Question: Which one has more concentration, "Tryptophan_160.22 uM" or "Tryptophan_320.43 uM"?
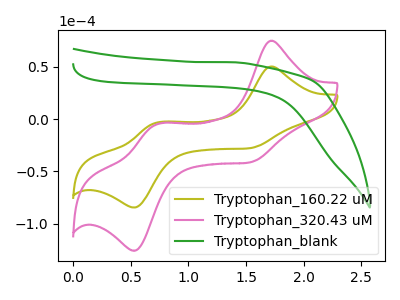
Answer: <think>The olive curve "Tryptophan_160.22 uM" has anodic peaks at (1.70V, 50.40uA) (0.70V, -3.40uA) and cathodic peaks at (1.50V, -27.95uA) (0.55V, -84.60uA). The pink curve "Tryptophan_320.43 uM" has anodic peaks at (1.70V, 75.00uA) (0.70V, -5.05uA) and cathodic peaks at (1.50V, -41.65uA) (0.55V, -125.95uA). The green curve "Tryptophan_blank" has no peaks.
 All the peaks in "Tryptophan_160.22 uM" have a peak in "Tryptophan_320.43 uM" at the same potential.</think>
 <answer>I cant tell if "Tryptophan_160.22 uM" or "Tryptophan_320.43 uM" has higher concentration.</answer>
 <eval>mixed_concentration</eval>